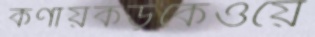
কণায়কড়কেওয়ে